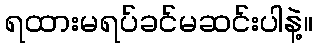
ရထားမရပ်ခင်မဆင်းပါနဲ့။